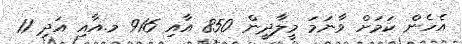
އެހެން ކަމަށް ވާނަމަ މީލާދީން 850 އާއި 916 މ.އާއި އަދި 11